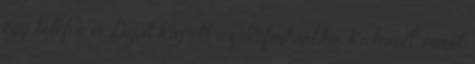
egy telefon is Díjat kapott az Infostart.hu Kiderült, miért